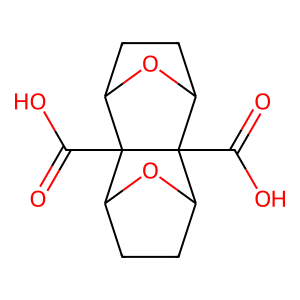
SMILES: O=C(O)C12C3CCC(O3)C1(C(=O)O)C1CCC2O1
Inhibits HIV replication: No